Civil Veterinary Department. Central Provinces & Berar 1932-41 - 1932-1941
Year: 1932
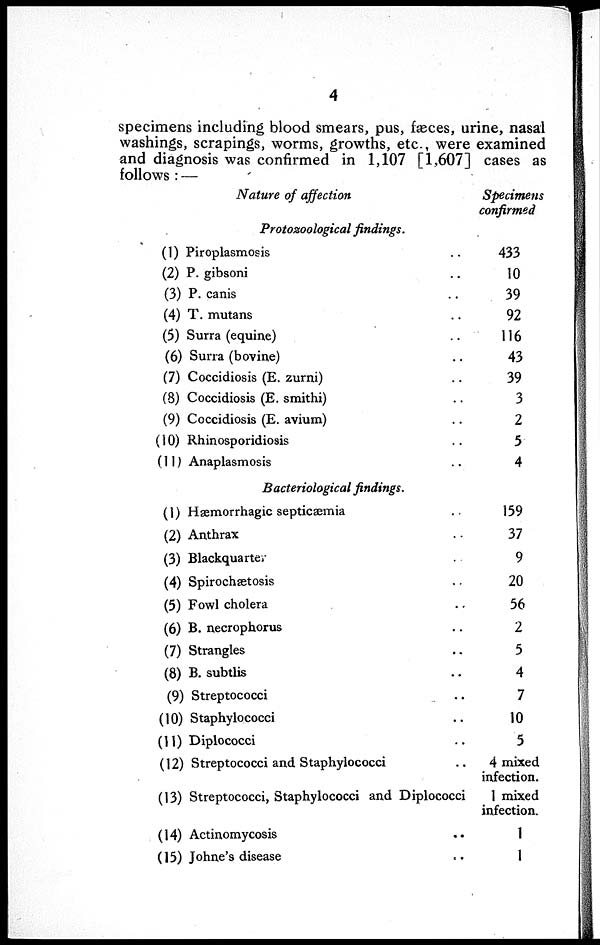
4
specimens including blood smears, pus, fæces, urine, nasal
washings, scrapings, worms, growths, etc., were examined
and diagnosis was confirmed in 1,107 [1,607] cases as
follows:—
Nature of affection
Protozoological findings.
(1) Piroplasmosis ..
(2) P. gibsoni ..
(3) P. canis ..
(4) T. mutans ..
(5) Surra (equine) ..
(6) Surra (bovine) ..
(7) Coccidiosis (E. zurni) ..
(8) Coccidiosis (E. smithi) ..
(9) Coccidiosis (E. avium) ..
(10) Rhinosporidiosis ..
(11) Anaplasmosis ..
Bacteriological findings.
(1) Hæmorrhagic septicæmia ..
(2) Anthrax ..
(3) Blackquarter ..
(4) Spirochætosis ..
(5) Fowl cholera ..
(6) B. necrophorus ..
(7) Strangles
..
(8) B. subtlis ..
(9) Streptococci
..
(10) Staphylococci
..
(11) Diplococci ..
(12) Streptococci and Staphylococci
..
(13) Streptococci, Staphylococci and Diplococci
(14) Actinomycosis
..
(15) Johne's disease ..
Specimens
confirmed
433
10
39
92
116
43
39
3
2
5
4
159
37
9
20
56
2
5
4
7
10
5
4 mixed
infection.
1 mixed
infection.
1
1